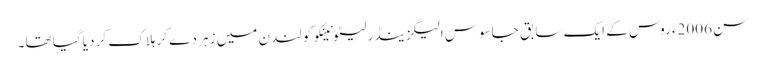
سن 2006ء روس کے ایک سابق جاسوس الیگزینڈر لیٹونینکو کو لندن میں زہر دے کر ہلاک کر دیا گیا تھا۔